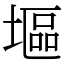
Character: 塸